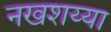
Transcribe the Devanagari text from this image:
नखशय्या